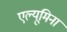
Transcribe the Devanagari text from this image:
एल्यूमिना